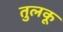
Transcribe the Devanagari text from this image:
तुलकू